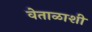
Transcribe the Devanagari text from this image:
वेताळाशी